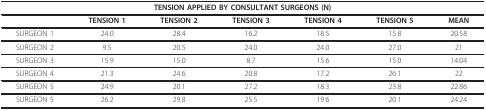
| <COLSPAN=7> TENSION APPLIED BY CONSULTANT SURGEONS (N) |
 | --- | --- | --- | --- | --- | --- | --- |
 |  | TENSION 1 | TENSION 2 | TENSION 3 | TENSION 4 | TENSION 5 | MEAN |
 | SURGEON 1 | 24.0 | 28.4 | 16.2 | 18.5 | 15.8 | 20.58 |
 | SURGEON 2 | 9.5 | 20.5 | 24.0 | 24.0 | 27.0 | 21 |
 | SURGEON 3 | 15.9 | 15.0 | 8.7 | 15.6 | 15.0 | 14.04 |
 | SURGEON 4 | 21.3 | 24.6 | 20.8 | 17.2 | 26.1 | 22 |
 | SURGEON 5 | 24.9 | 20.1 | 27.2 | 18.3 | 23.8 | 22.86 |
 | SURGEON 5 | 26.2 | 29.8 | 25.5 | 19.6 | 20.1 | 24.24 |